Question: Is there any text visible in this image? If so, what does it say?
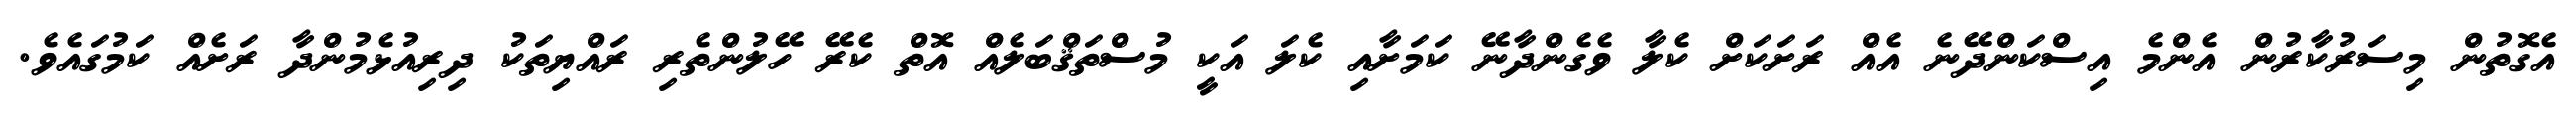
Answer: އެގޮތުން މިސަރުކާރުން އެންމެ އިސްކަންދޭނެ އެއް ރަށަކަށް ކެލާ ވެގެންދާނޭ ކަމަށާއި ކެލަ އަކީ މުސްތަޤްބަލެއް އޮތް ކެރޭ ހޭލުންތެރި ރައްޔިތަކު ދިރިއުޅެމުންދާ ރަށެއް ކަމުގައެވެ.